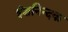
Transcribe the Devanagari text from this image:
ईशनिन्दक